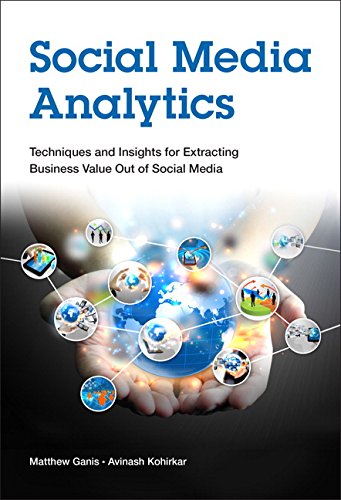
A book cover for Social Media Analytics: Techniques and Insights for Extracting Business Value Out of Social Media (IBM Press); Matthew Ganis; Computers & Technology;